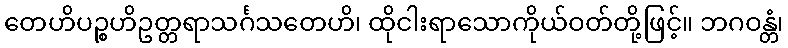
တေဟိပဉ္စဟိဥတ္တရာသင်္ဂသတေဟိ၊ ထိုငါးရာသောကိုယ်ဝတ်တို့ဖြင့်။ ဘဂဝန္တံ၊